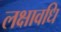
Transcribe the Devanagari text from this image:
लक्षावधि